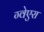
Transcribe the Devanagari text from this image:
ग्वेएरा